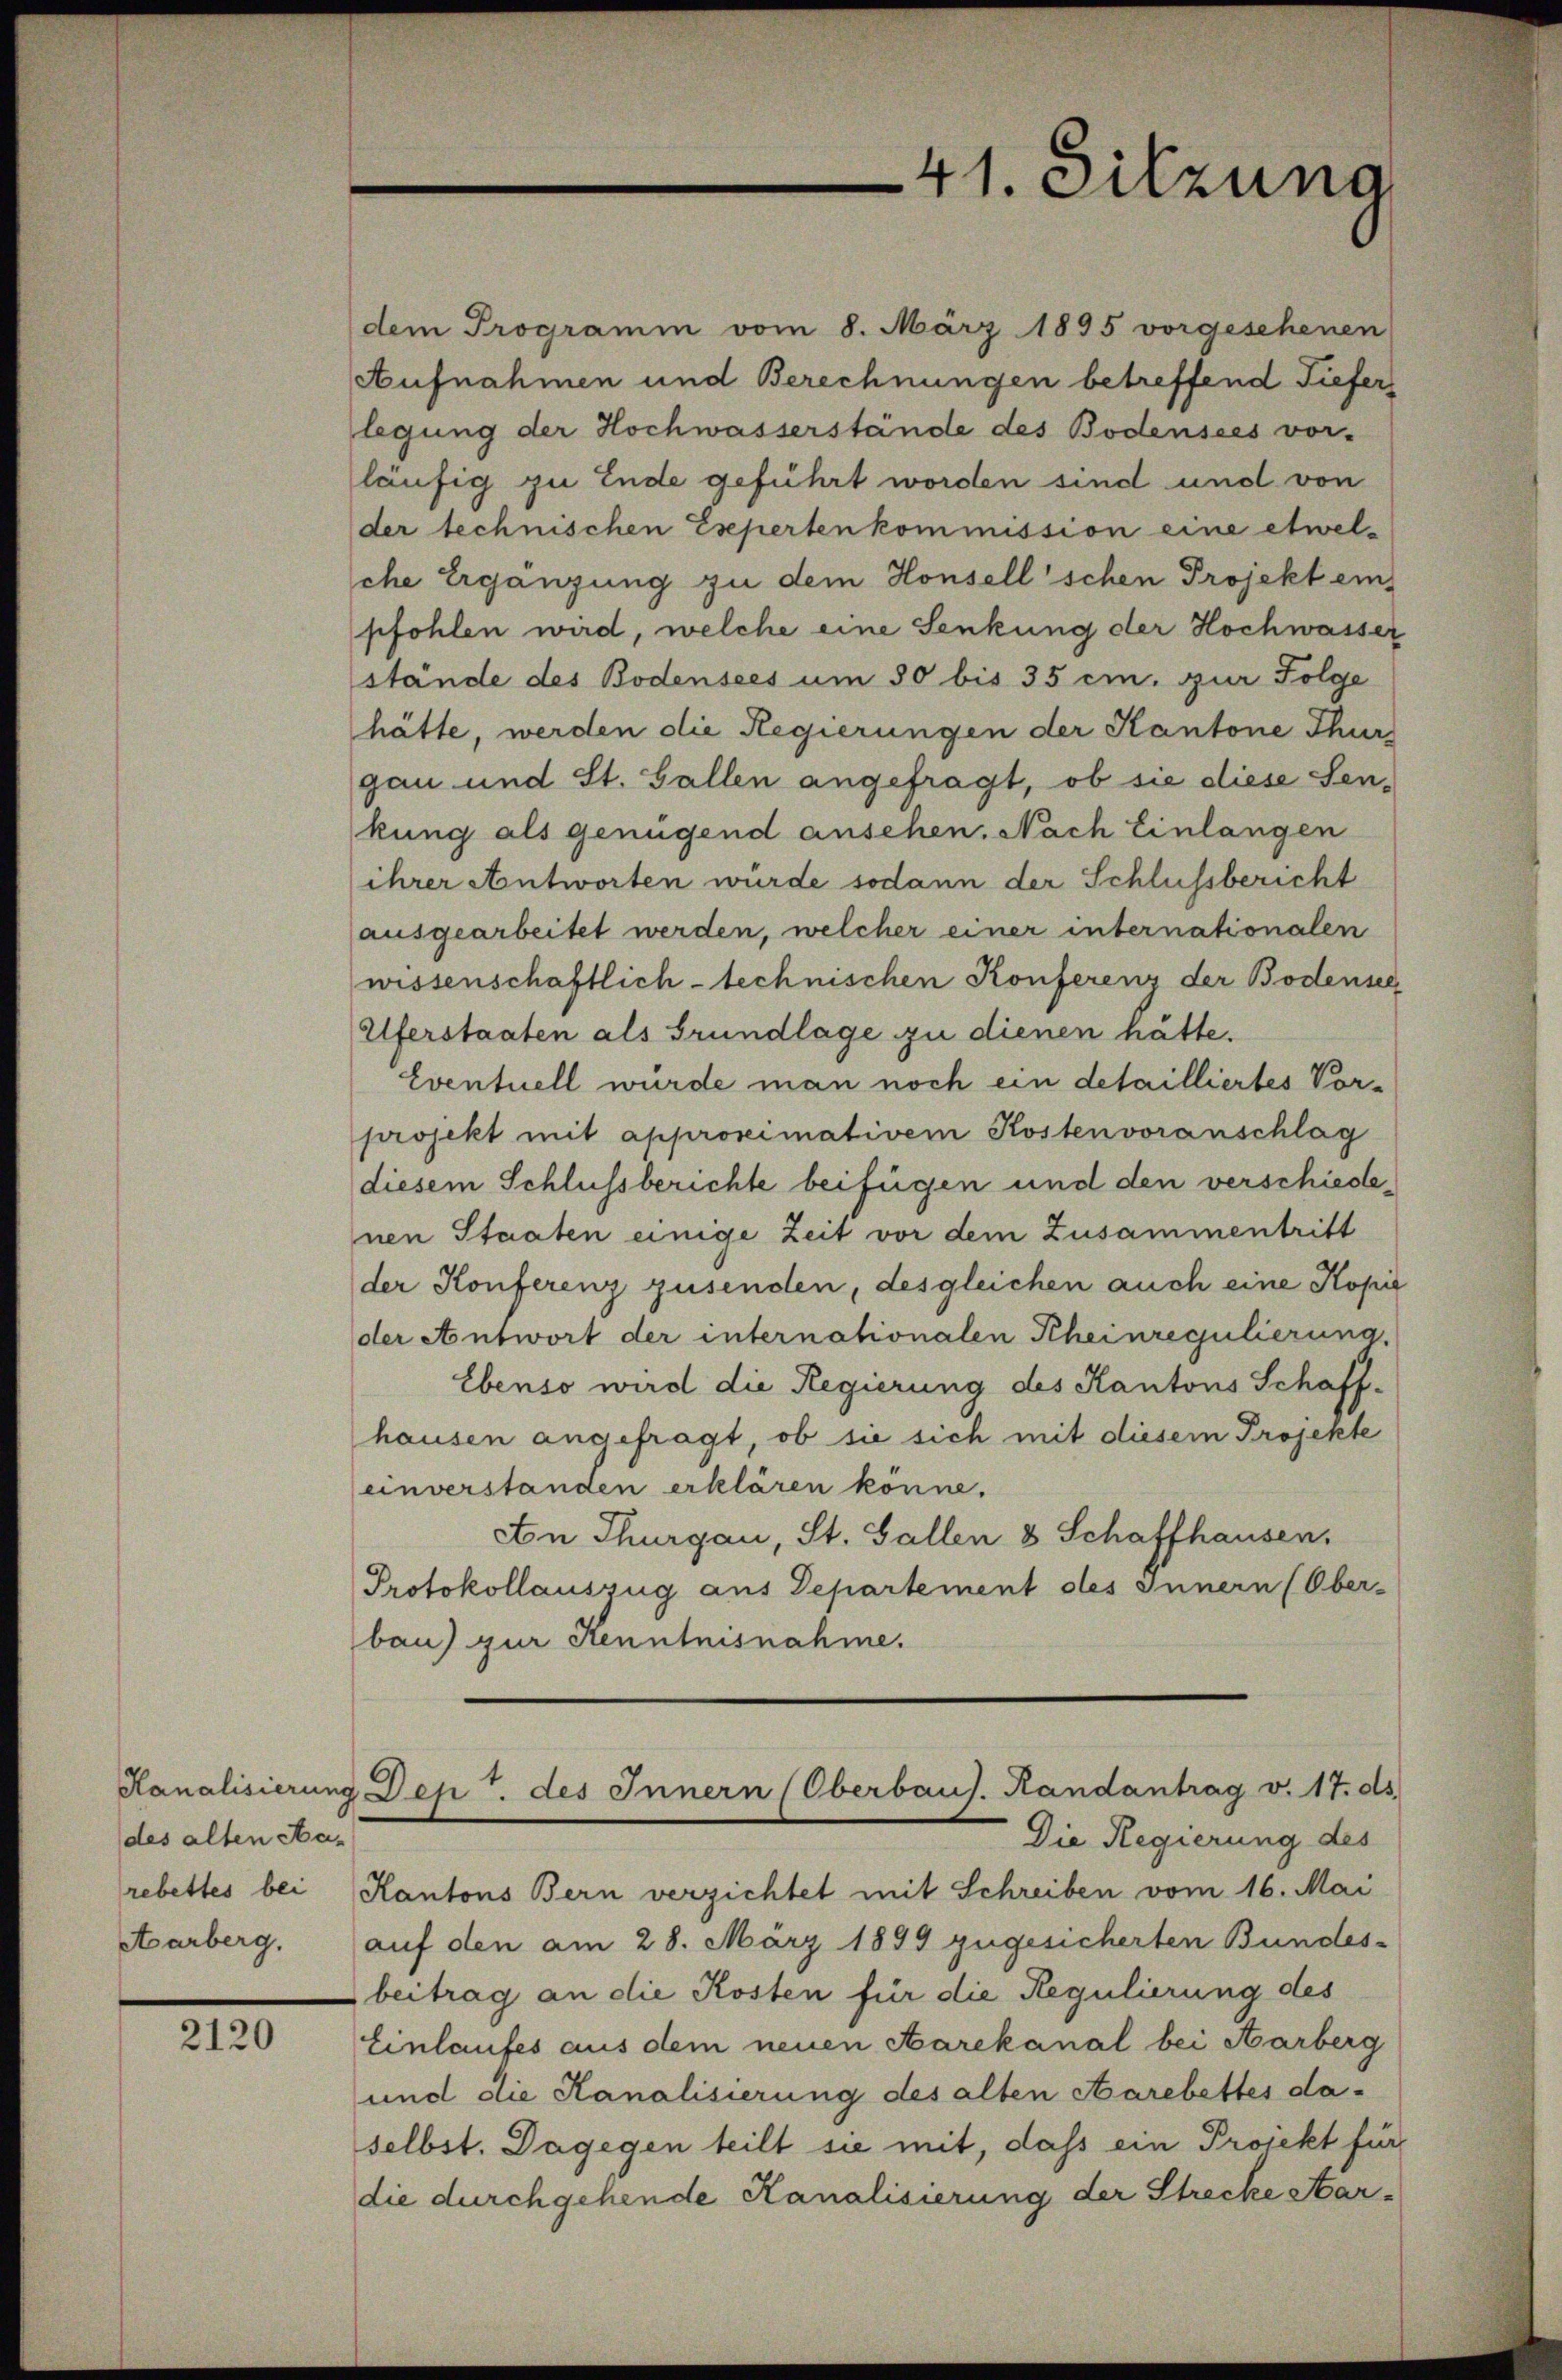
des alten Aa¬
Aarberg.

2120

dem Programm vom 8. März 1895 vorgesehenen
Aufnahmen und Berechnungen betreffend Tiefer
legung der Hochwasserstände des Bodensees vor-
läufig zu Ende geführt worden sind und von
der technischen Expertenkommission eine etwelche Ergänzung zu dem Honsellschen Projekt ein
pfohlen wird, welche eine Senkung der Hochwasser
stände des Bodensees um 50 bis 35 cm. zur Folge
hätte, werden die Regierungen der Kantone Thur
gau und St. Gallen angefragt, ob sie diese Senkung als genügend ansehen. Nach Einlangen
ihrer Antworten würde sodann der Schlussbericht
ausgearbeitet werden, welcher einer internationalen
wissenschaftlich-technischen Konferenz der Bodensee
Uferstaaten als Grundlage zu dienen hätte.
Eventuell wurde man noch ein detailliertes Vorprojekt mit approximativem Kosten voranschlag
diesem Schlussberichte beifügen und den verschiedenen Staaten einige Zeit vor dem Zusammentritt
der Konferenz zusenden, desgleichen auch eine Kopie
der Antwort der internationalen Kheinregulierung
Ebenso wird die Regierung des Kantons Schaff-
hausen angefragt, ob sie sich mit diesem Projekte
einverstanden erklären könne.
An Thurgau, St. Gallen 8 Schaffhausen,
Protokollauszug aus Departement des Innern (Ober-
bau) zur Kenntnisnahme.
Kanalisierung Den 7. des Innern (Oberbaus. Randantrag v. 17. ds.
Die Regierung des
rebettes bei Kantons Bern verzichtet mit Schreiben vom 16. Mai
auf den am 28. März 1899 zugesicherten Bundes-
beitrag an die Kosten für die Regulierung des
Einlaufes aus dem neuen Aarekanal bei Aarberg
und die Kanalisierung des alten Harebettes da-
selbst. Dagegen teilt sie mit, dass ein Projekt für
die durchgehende Kanalisierung der Strecke Aar-

41. Sitzuna